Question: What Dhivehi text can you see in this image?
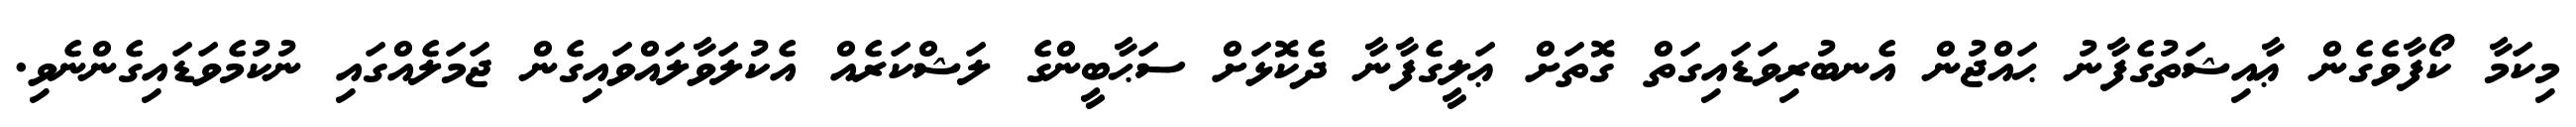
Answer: މިކަމާ ކޯފާވެގެން ޢާއިޝަތުގެފާނު ޙައްޖުން އެނބުރިވަޑައިގަތް ގޮތަށް ޢަލީގެފާނާ ދެކޮޅަށް ސަޙާބީންގެ ލަޝްކަރެއް އެކުލަވާލައްވައިގެން ޖަމަލެއްގައި ނުކުމެވަޑައިގެންނެވި.